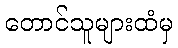
တောင်သူများထံမှ